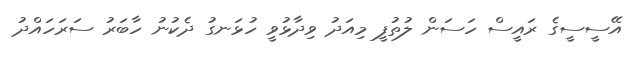
އޭސީސީގެ ރައީސް ހަސަން ލުތުފީ މިއަދު ވިދާޅުވީ ހުޅަނގު ދެކުނު ހާބަރު ސަރަހައްދު